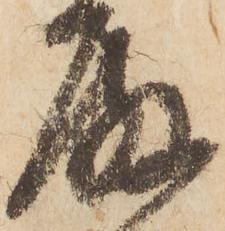
殿